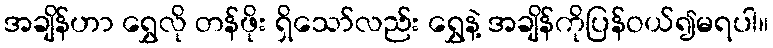
အချိန်ဟာ ရွှေလို တန်ဖိုး ရှိသော်လည်း ရွှေနဲ့ အချိန်ကိုပြန်ဝယ်၍မရပါ။